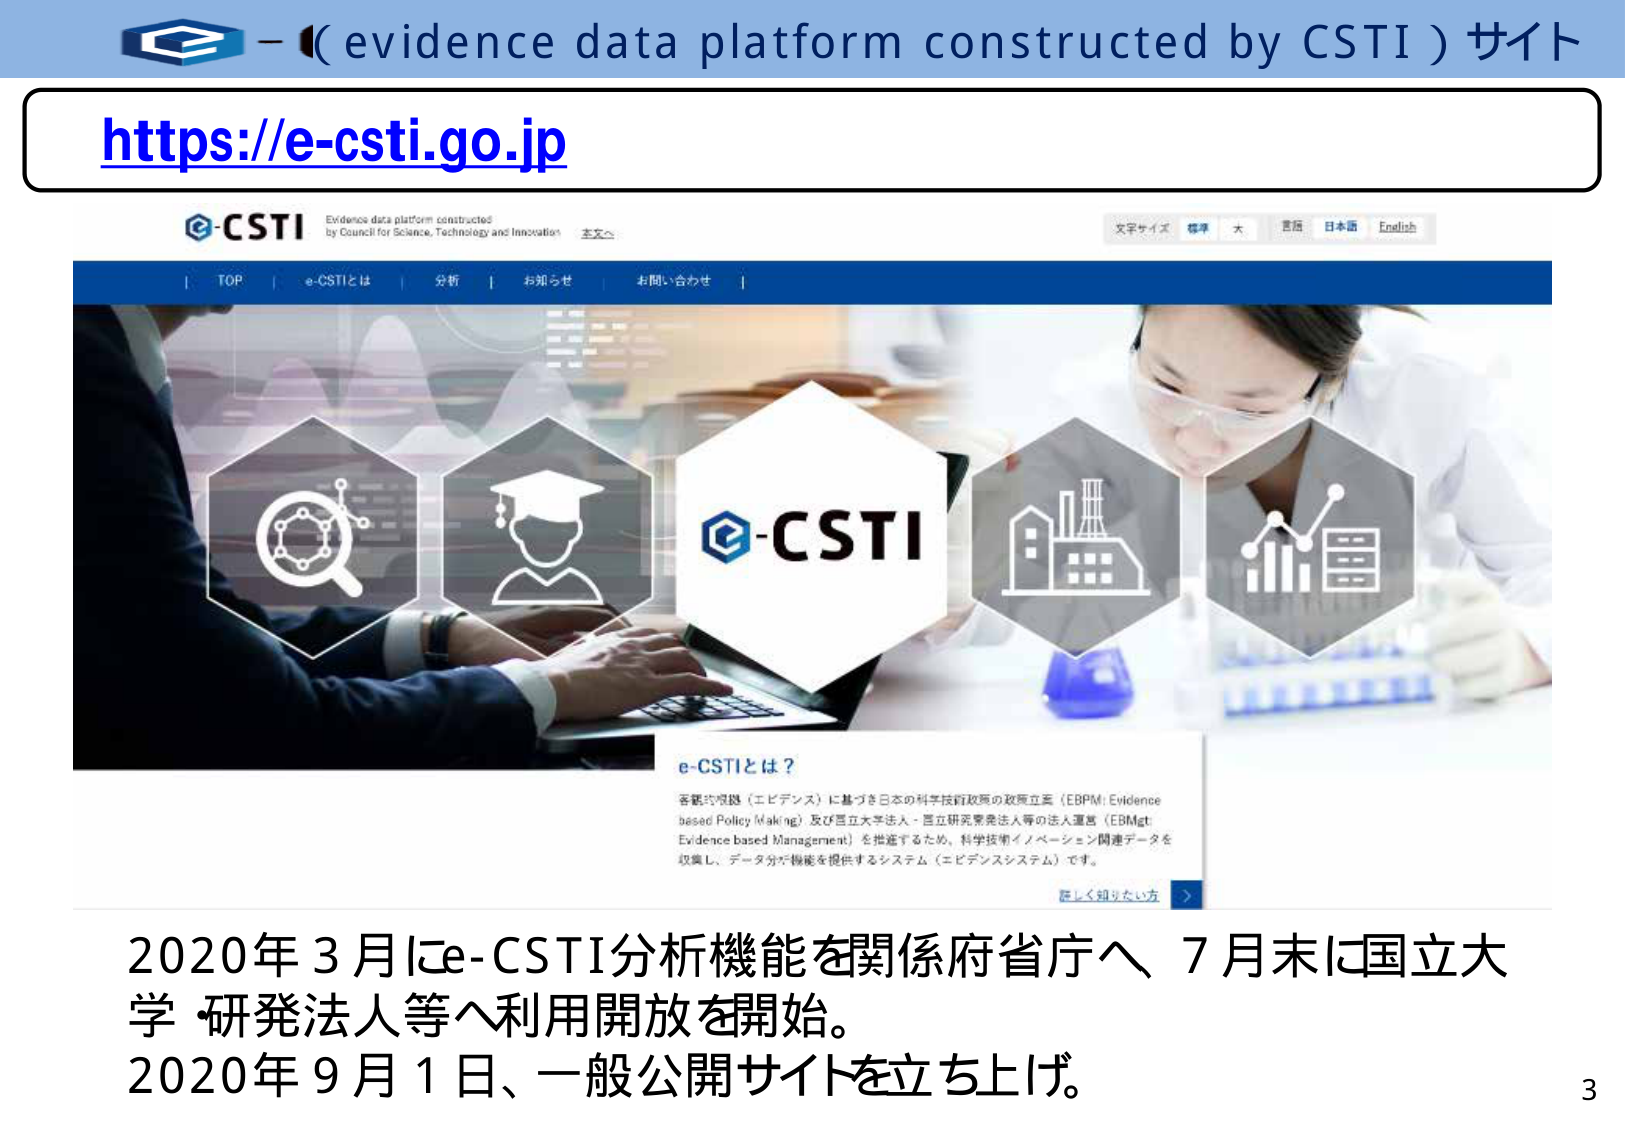
e-CSTI - (evidence data platform constructed by CSTI) サイト
https://e-csti.go.jp

e-CSTI
Evidence data platform constructed
by Council for Science, Technology and Innovation
本文へ
文字サイズ 標準 大
言語 日本語 English

TOP | e-CSTIとは | 分析 | お知らせ | お問い合わせ

e-CSTI

e-CSTIとは？
客観的根拠（エビデンス）に基づき日本の科学技術政策の政策立案（EBPM: Evidence based Policy Making）及び国立大学法人・国立研究開発法人等の法人運営（EBMgt: Evidence based Management）を推進するため、科学技術イノベーション関連データを収集し、データ分析機能を提供するシステム（エビデンスシステム）です。
詳しく知りたい方

2020年3月にe-CSTI分析機能を関係府省庁へ、7月末に国立大学・研究法人等へ利用開放を開始。
2020年9月1日、一般公開サイトを立ち上げ。

3